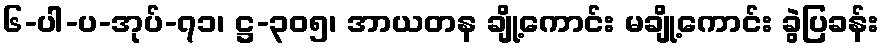
၆-ပါ-ပ-အုပ်-၇၁၊ ဋ္ဌ-၃၀၅၊ အာယတန ချို့ကောင်း မချို့ကောင်း ခွဲပြခန်း